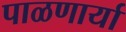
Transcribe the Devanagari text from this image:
पाळणार्या